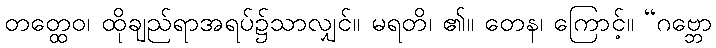
တတ္ထေဝ၊ ထိုချည်ရာအရပ်၌သာလျှင်။ မရတိ၊ ၏။ တေန၊ ကြောင့်။ “ဂဗ္ဘော